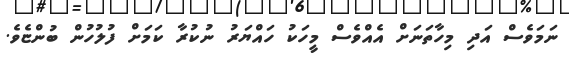
ނަމަވެސް އަދި މިހާތަނަށް އެއްވެސް މީހަކު ހައްޔަރު ނުކުރާ ކަމަށް ފުލުހުން ބުންޏެވެ.